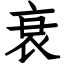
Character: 衰